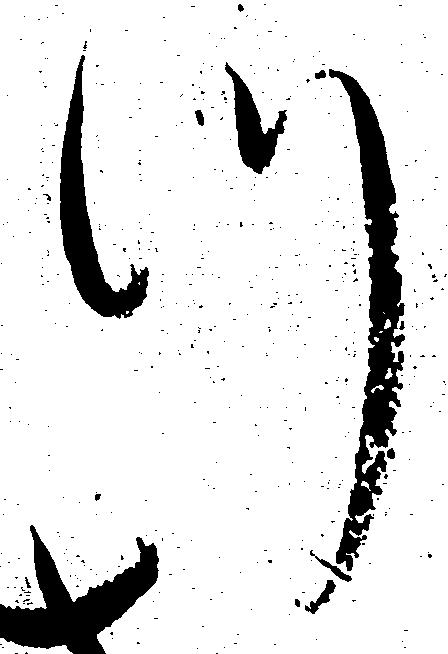
つ